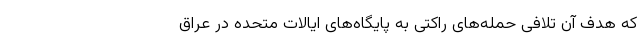
که هدف آن تلافی حمله‌های راکتی به پایگاه‌های ایالات متحده در عراق